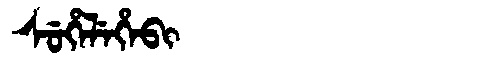
Manchu: ᠰᡠᡥᡝᠯᡝᡥᡝᠪᡳ
Romanization: SUHELEHEBI